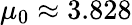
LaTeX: \mu_{0}\approx 3.828